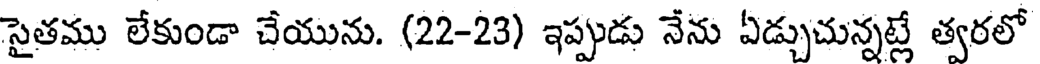
సైతము లేకుండా చేయును. (22-23) ఇప్పుడు నేను ఏడ్చుచున్నట్లే త్వరలో